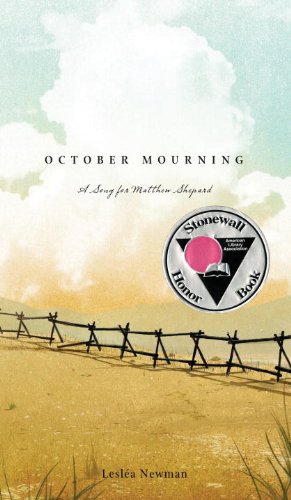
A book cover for October Mourning: A Song for Matthew Shepard; Leslea Newman; Gay & Lesbian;